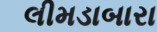
લીમડાબારા